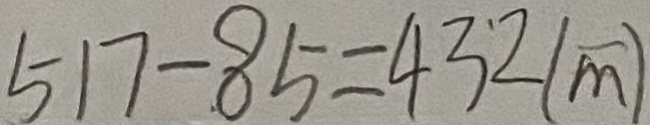
5 1 7 - 8 5 = 4 3 2 ( m )